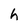
Character: h